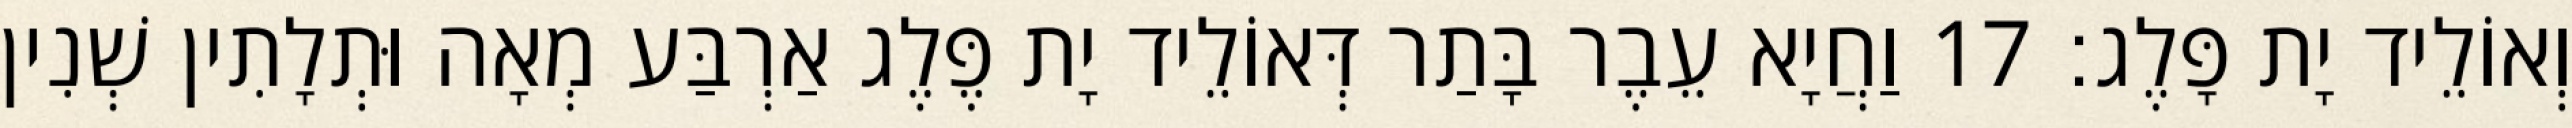
וְאוֹלֵיד יָת פָּלֶג׃ 17 וַחֲיָא עֵבֶר בָּתַר דְּאוֹלֵיד יָת פֶּלֶג אַרְבַּע מְאָה וּתְלָתִין שְׁנִין